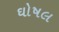
ઘોષલ